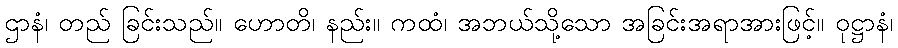
ဌာနံ၊ တည် ခြင်းသည်။ ဟောတိ၊ နည်း။ ကထံ၊ အဘယ်သို့သော အခြင်းအရာအားဖြင့်။ ဝုဋ္ဌာနံ၊